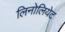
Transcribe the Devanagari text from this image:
लिनोलियेट